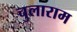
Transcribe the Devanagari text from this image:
चुलाराम